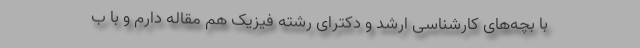
با بچه‌های کارشناسی ارشد و دکترای رشته فیزیک هم مقاله دارم و با ب